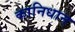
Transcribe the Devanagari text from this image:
कानिधान